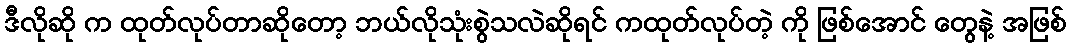
ဒီလိုဆို က ထုတ်လုပ်တာဆိုတော့ ဘယ်လိုသုံးစွဲသလဲဆိုရင် ကထုတ်လုပ်တဲ့ ကို ဖြစ်အောင် တွေနဲ့ အဖြစ်